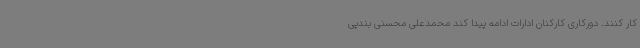
کار کنند. دورکاری کارکنان ادارات ادامه پیدا کند محمدعلی محسنی بندپی